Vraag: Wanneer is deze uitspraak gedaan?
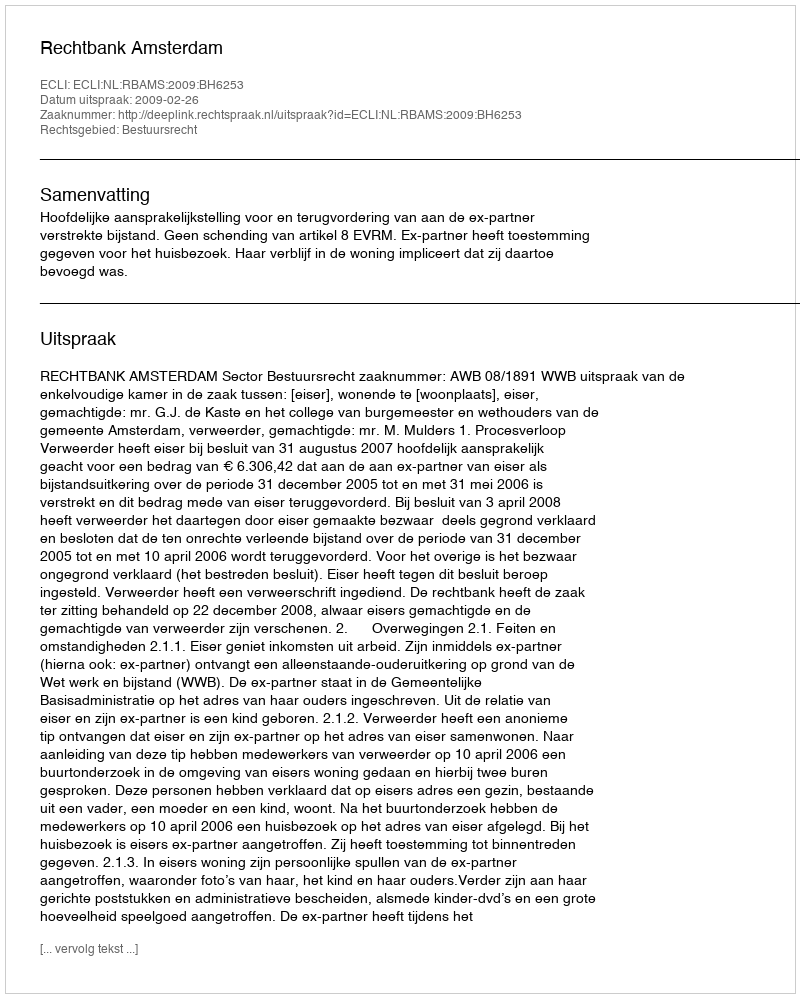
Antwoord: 2009-02-26